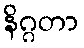
နိဂ္ဂတာ